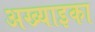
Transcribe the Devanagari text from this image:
अख्याइका